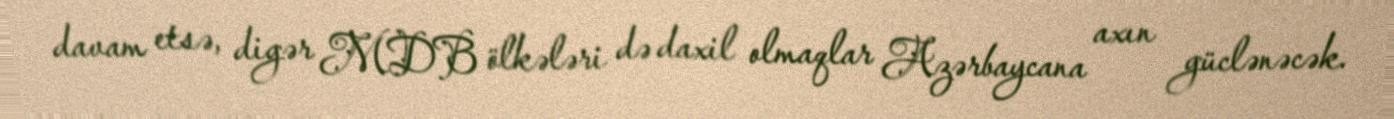
davam etsə, digər MDB ölkələri də daxil olmaqlar Azərbaycana axın güclənəcək.